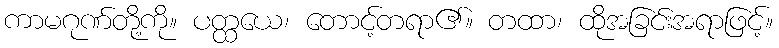
ကာမဂုဏ်တို့ကို။ ပတ္ထယေ၊ တောင့်တရာ၏။ တထာ၊ ထိုအခြင်းအရာဖြင့်။